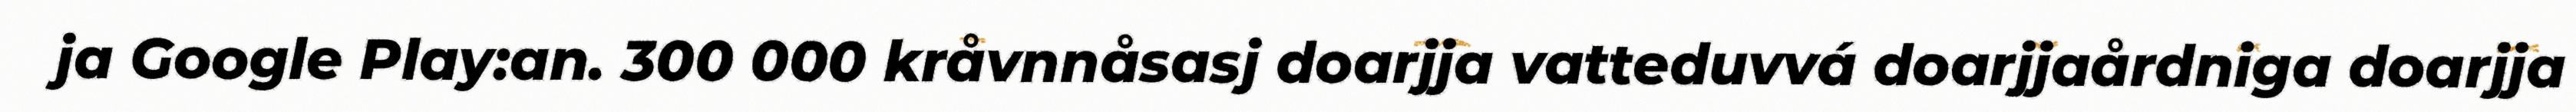
ja Google Play:an. 300 000 kråvnnåsasj doarjja vatteduvvá doarjjaårdniga doarjja